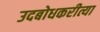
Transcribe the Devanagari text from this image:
उदबोधकरीत्या